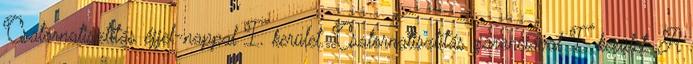
Csatornatisztítás éjjel-nappal I. kerület. Csatornatisztítás garanciával I. kerület. A